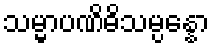
သမ္မာပဏိဓိသမ္ပန္နော